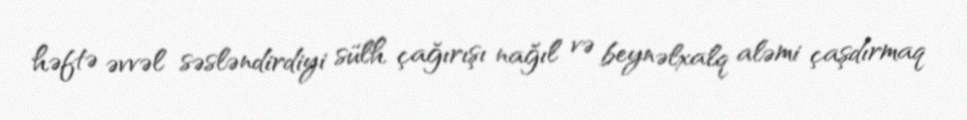
həftə əvvəl səsləndirdiyi sülh çağırışı nağıl və beynəlxalq aləmi çaşdırmaq